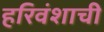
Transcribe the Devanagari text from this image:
हरिवंशाची